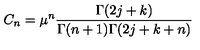
C _ { n } = \mu ^ { n } \frac { \Gamma ( 2 j + k ) } { \Gamma ( n + 1 ) \Gamma ( 2 j + k + n ) }